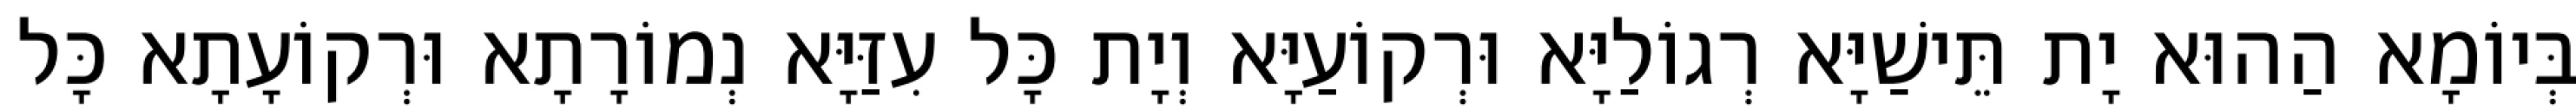
בְּיוֹמָא הַהוּא יָת תֵּישַׁיָּא רְגוֹלַיָּא וּרְקוֹעַיָּא וְיָת כָּל עִזַּיָּא נְמוֹרָתָא וּרְקוֹעָתָא כָּל